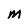
Character: m